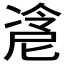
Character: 𰄇